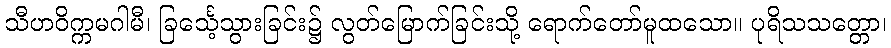
သီဟဝိက္ကမဂါမီ၊ ခြင်္သေ့သွားခြင်း၌ လွတ်မြောက်ခြင်းသို့ ရောက်တော်မူထသော။ ပုရိသသတ္တော၊